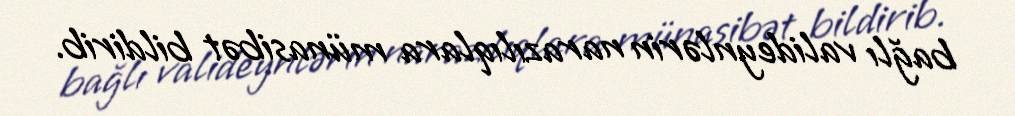
bağlı valideynlərin narazılıqlara münasibət bildirib.